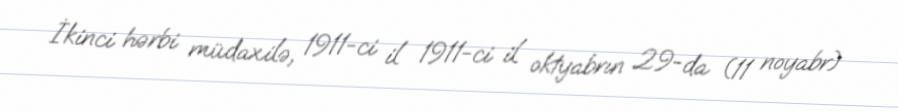
İkinci hərbi müdaxilə, 1911-ci il 1911-ci il oktyabrın 29-da (11 noyabr)